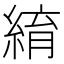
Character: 䋭